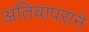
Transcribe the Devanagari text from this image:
अतिवापराने